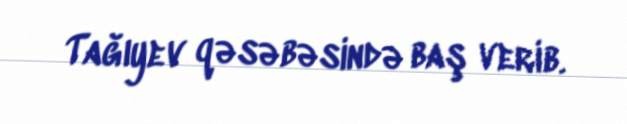
Tağıyev qəsəbəsində baş verib.